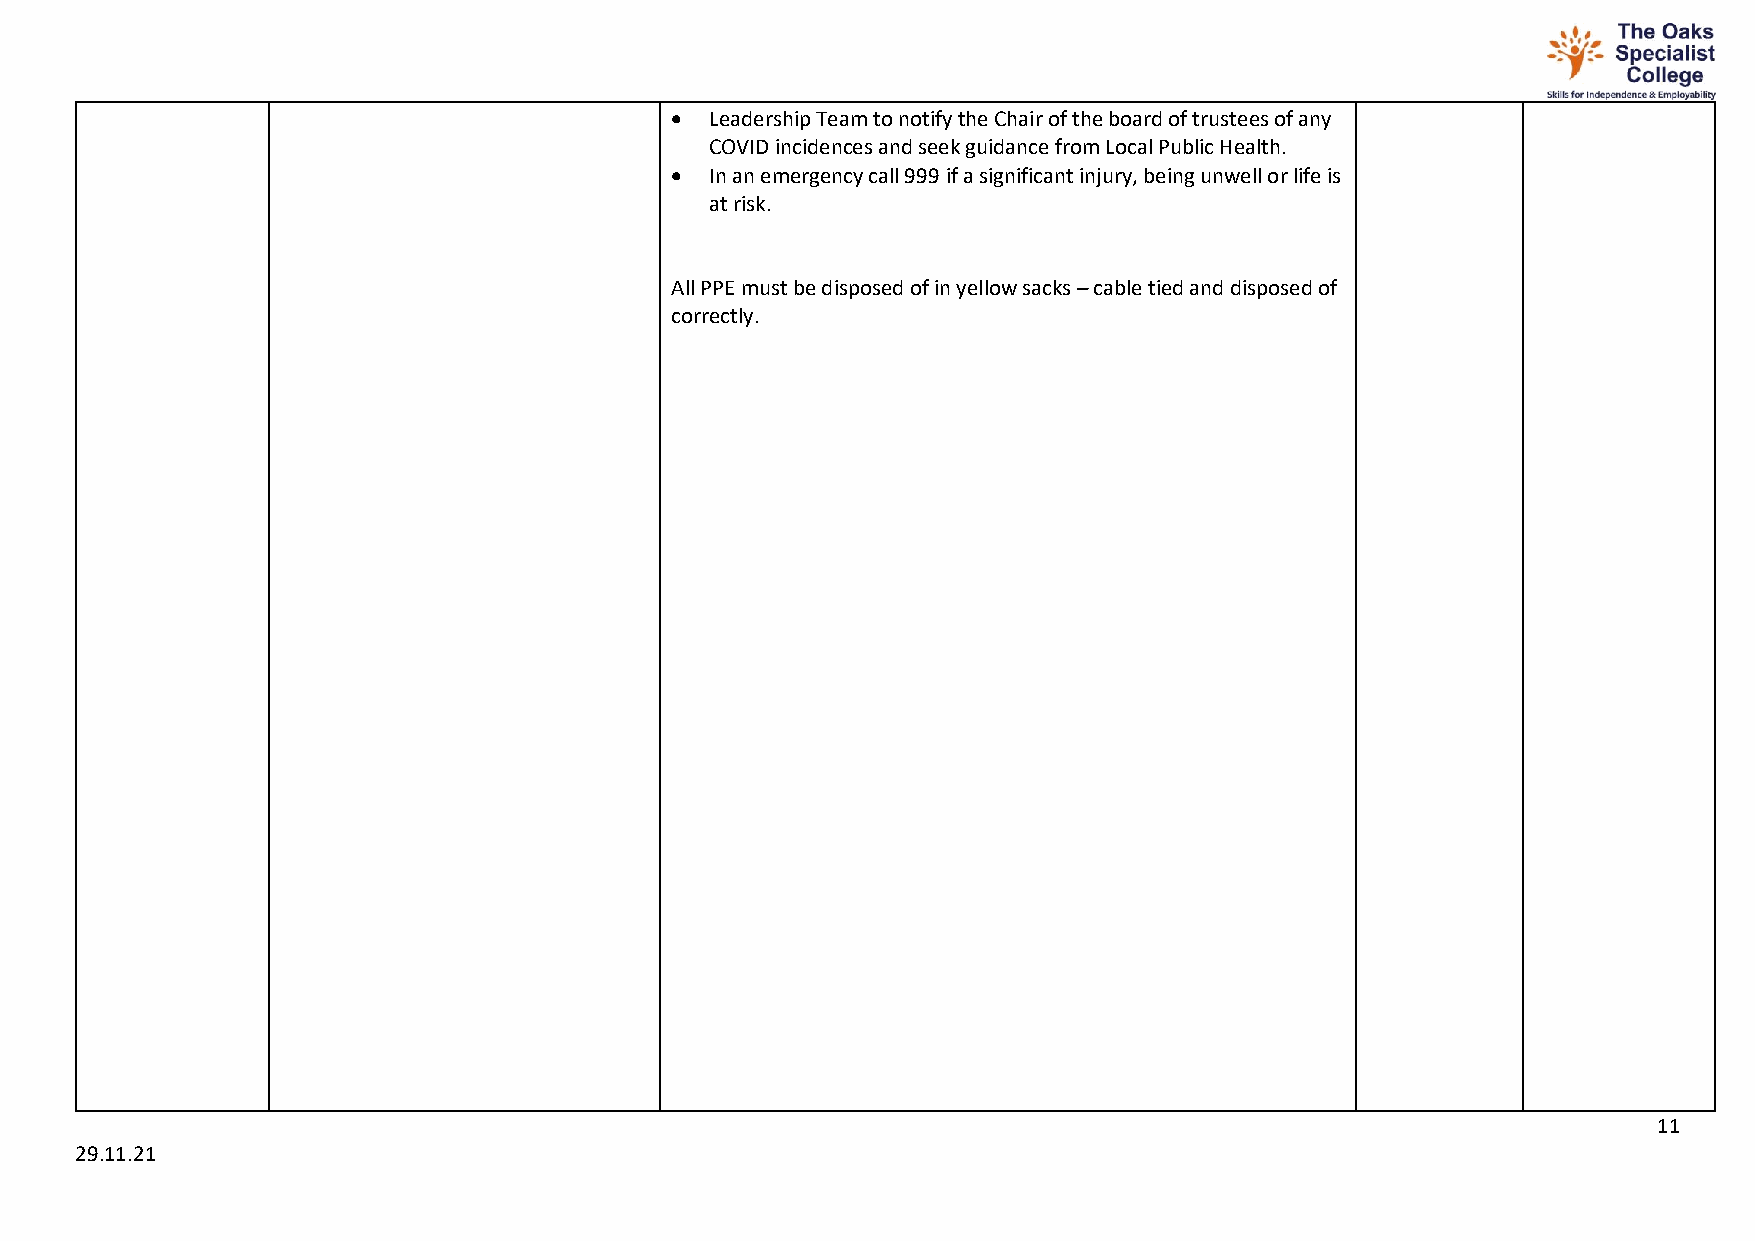
•  Leadership Team to notify the Chair of the board of trustees of any
 COVID incidences and seek guidance from Local Public Health.
 •  In an emergency call 999 if a significant injury, being unwell or life is
 at risk.
 All PPE must be disposed of in yellow sacks – cable tied and disposed of
 correctly.
 11
 29.11.21